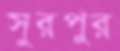
সুরপুর